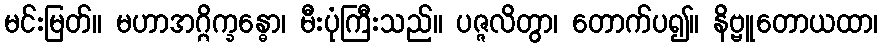
မင်းမြတ်။ မဟာအဂ္ဂိက္ခန္ဓော၊ မီးပုံကြီးသည်။ ပဇ္ဇလိတွာ၊ တောက်ပ၍။ နိဗ္ဗူတောယထာ၊